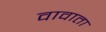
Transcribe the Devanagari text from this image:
वावाता